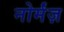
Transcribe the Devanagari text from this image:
नोर्मंज़